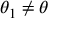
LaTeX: \theta _ { 1 } \neq \theta